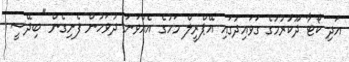
އަދި ކޯޓާ ދޫކުރުމުގެ ގަވައިދުގައި އޭޕްރީލް މަހުގެ އެއްވަނަ ދުވަހުން ފެށިގެން "ބިދޭސީ